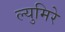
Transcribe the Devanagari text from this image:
ल्युमिरे